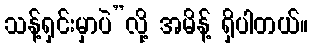
သန့်ရှင်းမှာပဲ”လို့ အမိန့် ရှိပါတယ်။